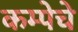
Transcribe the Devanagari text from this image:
कम्पेचे